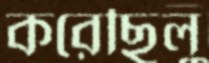
করেছিলু